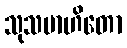
သုသမာဟိတော